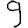
Digit: 9